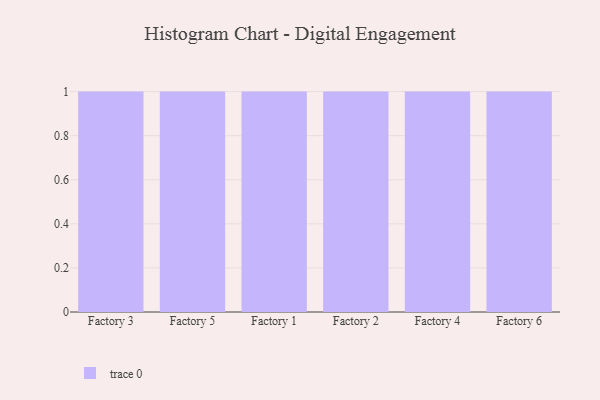
{"axis": {"x": "Factory", "y": "Humidity (%)"}, "legend": [""], "data": [{"x": "Factory 3", "y": 19, "type": ""}, {"x": "Factory 5", "y": 89, "type": ""}, {"x": "Factory 1", "y": 66, "type": ""}, {"x": "Factory 2", "y": 13, "type": ""}, {"x": "Factory 4", "y": 93, "type": ""}, {"x": "Factory 6", "y": 17, "type": ""}]}